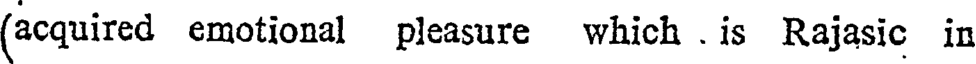
(acquired emotional pleasure which . is Rajasic in